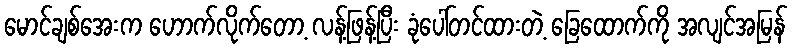
မောင်ချစ်အေးက ဟောက်လိုက်တော့ လန့်ဖြန့်ပြီး ခုံပေါ်တင်ထားတဲ့ ခြေထောက်ကို အလျင်အမြန်